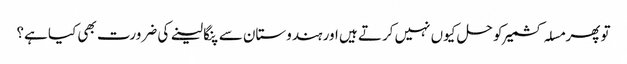
تو پھر مسلہ کشمیر کو حل کیوں نہیں کرتے ہیں اور ہندوستان سے پنگا لینے کی ضرورت بھی کیا ہے؟